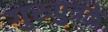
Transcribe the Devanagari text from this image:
गुरुपुत्रके